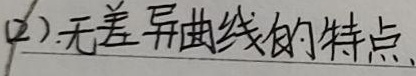
(2).无差异曲线的特点.